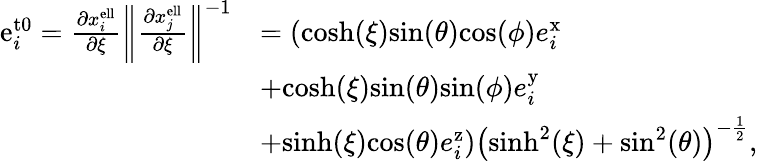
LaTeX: \begin{array}{rl}{\mathrm{e}_{i}^{\mathrm{t0}}=\frac{\partial x_{i}^{\mathrm{ell}}}{\partial\xi}\left\| \frac{\partial x_{j}^{\mathrm{ell}}}{\partial\xi}\right\| ^{-1}}&{=\left(\mathrm{cosh}(\xi)\mathrm{sin}(\theta)\mathrm{cos}(\phi)e_{i}^{\mathrm{x}}\right.}\\ &{+\mathrm{cosh}(\xi)\mathrm{sin}(\theta)\mathrm{sin}(\phi)e_{i}^{\mathrm{y}}}\\ &{\left.+\mathrm{sinh}(\xi)\mathrm{cos}(\theta)e_{i}^{\mathrm{z}}\right)\left(\mathrm{sinh}^{2}(\xi)+\mathrm{sin}^{2}(\theta)\right)^{-\frac{1}{2}},}\end{array}